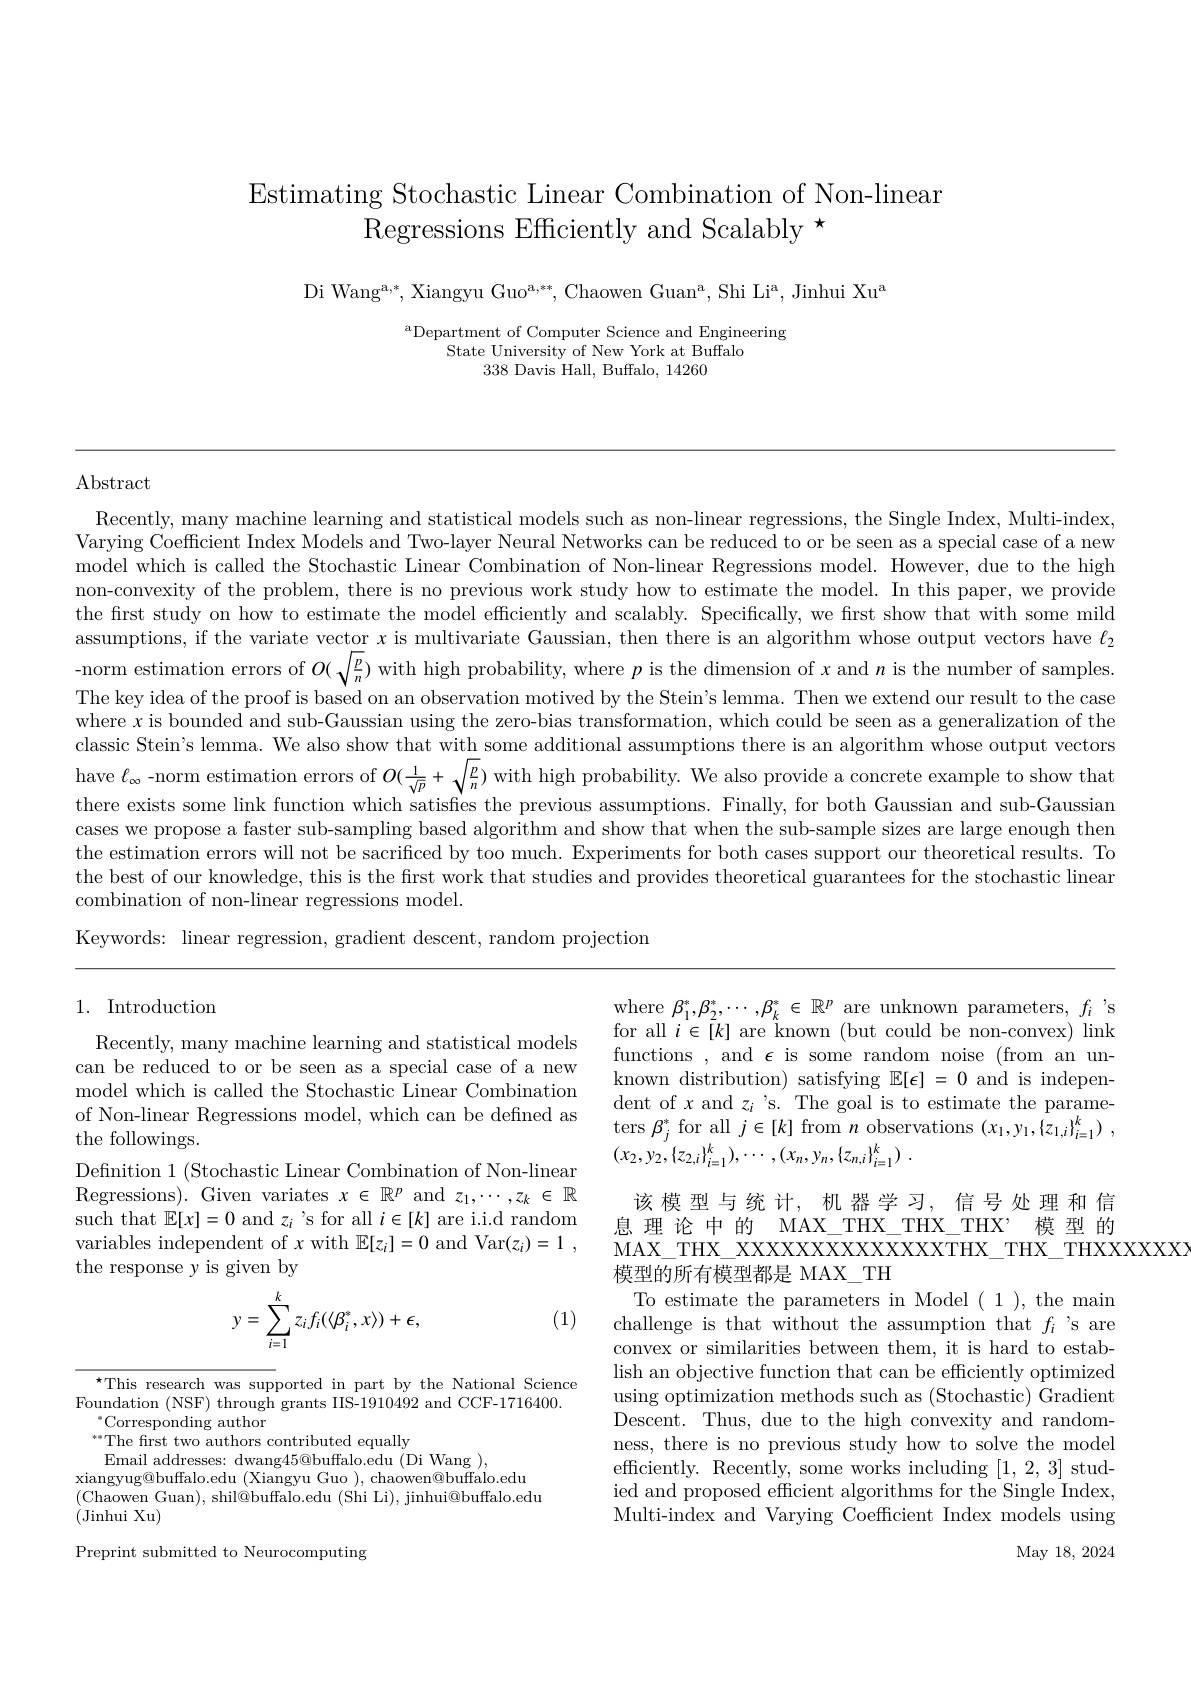
## Estimating Stochastic Linear Combination of Non-linear Regressions Efficiently and Scalably *

Di Wang$^{\mathrm{a,*}}$,Xiangyu Guo$^{\mathrm{a,**}}$,Chaowen Guan$^{\mathrm{a}}$,Shi Li$^{\mathrm{a}}$,Jinhui Xu$^{\mathrm{a}}$

$^{\mathrm{a}}$Department of Computer Science and Engineering
State University of New York at Buffalo
338 Davis Hall, Buffalo, 14260

Abstract

Recently, many machine learning and st Varying Coefficient Index Models and T model which is called the Stochastic Linear Combination of Non-linear Regressions model. However, due to the high non-convexity of the problem, there is no previous work study how to estimate the model. In this paper, we provide the first study on how to estimate the model effciently and scalably. Specifically, we first show that with some mild assumptions, if the variate vector $x$ is multivariate Gaussian, then there is an algorithm whose output vectors have $\ell_2$ -norm estimation errors of $O(\sqrt{\frac pn})$ with high probability, where $p$ is the dimension of $x$ and $n$ is the number of samples. The key idea of the proof is based on an observation motived by the Stein's lemma. Then we extend our result to the case where $x$ is bounded and sub-Gaussian using the zero-bias transformation, which could be seen as a generalization of the classic Stein's lemma. We also show that with some additional assumptions there is an algorithm whose output vectors have $\ell_\infty$ -norm estimation errors of there exists some link function which cases we propose a faster sub-sampling the estimation errors will not be sacr the best of our knowledge, this is the first work that studies and provides theoretical guarantees for the stochastic linear combination of non-linear regressions model.
Keywords: linear regression, gradient descent, random projection

## 1. Introduction

where $\beta_{1}^{*},\beta_{2}^{*},\cdots,\beta_{k}^{*}\in\mathbb{R}^{p}$ are unknown parameters, $f_{i}^{\prime}$s for all $i\in[k]$ are known (but could be non-convex) link functions , and $\epsilon$ is some random noise (from an unknown distribution) satisfying $\mathbb{E}[\epsilon]=0$ and is independent of $x$ and $z_i$ 's. The goal is ters $\beta_{j}^{*}$ for all $j\in[k]$ from $(x_{2},y_{2},\{z_{2,i}\}_{i=1}^{k}),\cdots,($

Recently, many machine learning and st can be reduced to or be seen as a special case of a new model which is called the Stochastic Linear Combination of Non-linear Regressions model, which can be defined as the followings.
Definition 1 (Stochastic Linear Combination of Non-linear Regressions). Given variates $x\in\mathbb{R}^p$ and $z_1,\cdots,z_k\in\mathbb{R}$ such that $\mathbb{E}[x]=0$ and $z_i$ 's for all $i\in[k]$ are i.i.d random variables independent of $x$ with $\mathbb E[z_i]=0$ and Var$(z_i)=1$, the response y is given by

该模型与统计，机器学习，信号处理和信息理论中的 MAX\_THX\_THX\_THX’ 模型的MAX$\_$THX$\_$XXXXXXXXXXXXXXTHX$\_$THX$\_$THXXXXXXXX
模型的所有模型都是 MAX\_TH
$$\begin{aligned}y&=\sum_{i=1}^kz_if_i(\langle\beta_i^*,x\rangle)+\epsilon,\end{aligned}$$
(1)

$^{\star}$This research was supported in part by the National Science Foundation (NSF) through grants IIS-1910492 and CCF-1716400.
$^{*}$Corresponding author

To estimate the parameters in Model (1), the main challenge is that without the assumption that $f_i$ 's are convex or similarities between them, it is hard to establish an objective function that can be efficiently optimized using optimization methods such as (St Descent. Thus, dus, due to the high co ness, there is no previous study how t efficiently. Recently, some works including [1,2,3] studied and proposed efficient algorithms Multi-index and Varying Coefficient Index models using

The frst two authors contributed equally
Email addresses: dwang$45@$buffalo.edu (Di Wang ),
xiangyug@buffalo.edu (Xiangyu Guo ), c (Chaowen Guan), shil@buffalo.edu (Shi Li), jinhui@buffalo.edu (Jinhui Xu)

May 18,  2024

Preprint submitted to Neurocomputing